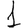
Digit: 1